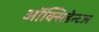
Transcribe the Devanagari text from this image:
ऑक्सिडेन्टल